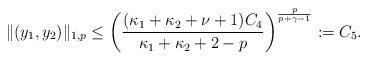
LaTeX: \begin{align*} \|(y_1, y_2)\|_{1,p} \leq \left(\frac{(\kappa_1 + \kappa_2 + \nu + 1)C_4}{\kappa_1 + \kappa_2 + 2 - p} \right)^{\frac{p}{p+\gamma-1}}:=C_5.\end{align*}